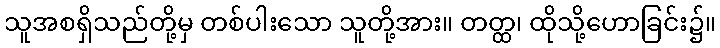
သူအစရှိသည်တို့မှ တစ်ပါးသော သူတို့အား။ တတ္ထ၊ ထိုသို့ဟောခြင်း၌။